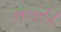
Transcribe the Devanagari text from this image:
डब्ल्यूसीटी